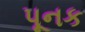
પૂનક